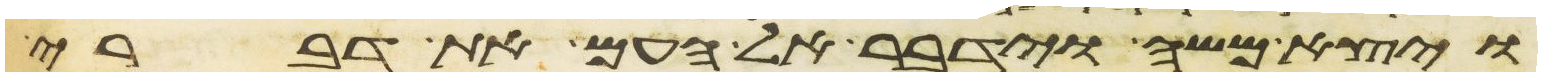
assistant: ויצא משה וידבר אל העם את דברי